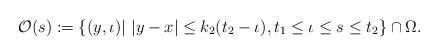
LaTeX: \begin{align*}\mathcal{O}(s) := \{(y,\iota)|\ |y-x|\leq k_2(t_2 - \iota), t_1\leq\iota\leq s\leq t_2\}\cap\Omega.\end{align*}